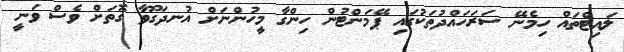
ލައިޓްތައް ހިމެނޭ ސަރަހައްދުތަކުގައި ޕޭމަންޓުން ހިންގާ މީހުންނަށް އުނދަގޫވާ ގޮތަށް ވެސް ވަނީ